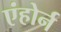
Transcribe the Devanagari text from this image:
एंहोर्न